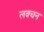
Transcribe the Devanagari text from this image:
लक्चन